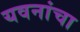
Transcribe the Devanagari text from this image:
यवनांचा